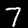
Digit: 7